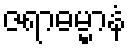
ဇရာဓမ္မာနံ